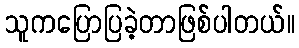
သူကပြောပြခဲ့တာဖြစ်ပါတယ်။